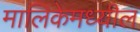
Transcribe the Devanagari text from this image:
मालिकेमध्यील